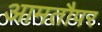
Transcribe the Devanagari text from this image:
आमतौपर